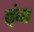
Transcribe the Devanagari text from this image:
ढ्ंग